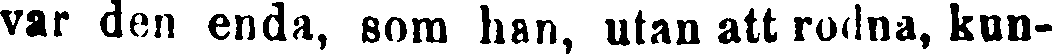
var den enda, som han, utan att rodna, kun-